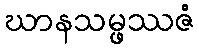
ဃာနသမ္ဖဿဇံ